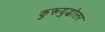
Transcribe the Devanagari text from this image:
कुरूयुद्धोत्तर